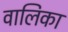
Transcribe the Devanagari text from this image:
वालिका